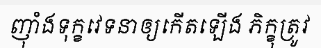
ញុាំងទុក្ខវេទនាឲ្យកើតឡើង ភិក្ខុត្រូវ